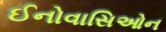
ઈનોવાસિઓન